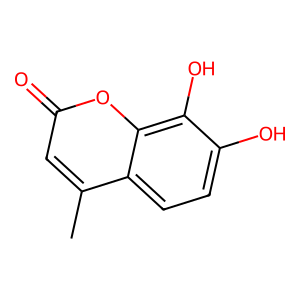
SMILES: Cc1cc(=O)oc2c(O)c(O)ccc12
Inhibits HIV replication: No